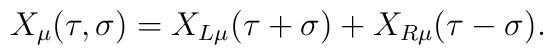
X_{\mu}(\tau,\sigma) = X_{L\mu}(\tau+\sigma) + X_{R\mu}(\tau-\sigma).